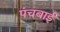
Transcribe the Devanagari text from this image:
पंचबाई